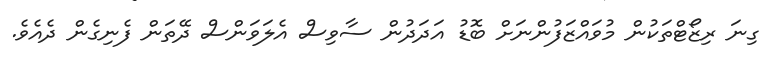
ގިނަ ރިޒޯޓްތަކުން މުވައްޒަފުންނަށް ބޮޑު އަދަދުން ސާވިސް އެލަވަންސް ދޭތަން ފެނިގެން ދެއެވެ.